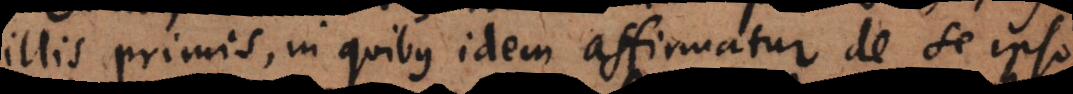
illis primis, in quibus idem affirmatur de se ipso